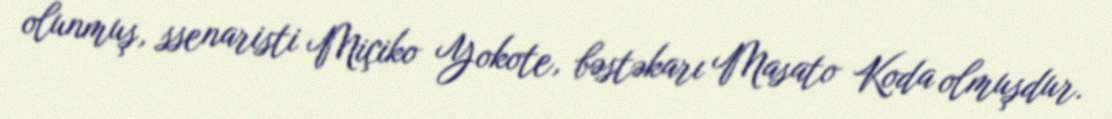
olunmuş, ssenaristi Miçiko Yokote, bəstəkarı Masato Koda olmuşdur.